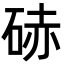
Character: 硳